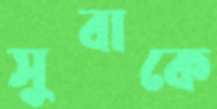
সুবাকে